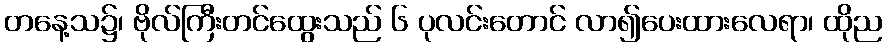
တနေ့သ၌၊ ဗိုလ်ကြီးတင်ထွေးသည် ၆ ပုလင်းတောင် လာ၍ပေးထားလေရာ၊ ထိုည